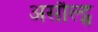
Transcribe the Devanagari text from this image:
असौल्ट्स